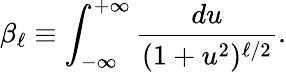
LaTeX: \beta_{\ell}\equiv\int_{-\infty}^{+\infty}\frac{du}{(1+u^{2})^{\ell/2}}.